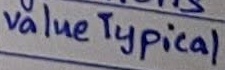
Text: value Typical